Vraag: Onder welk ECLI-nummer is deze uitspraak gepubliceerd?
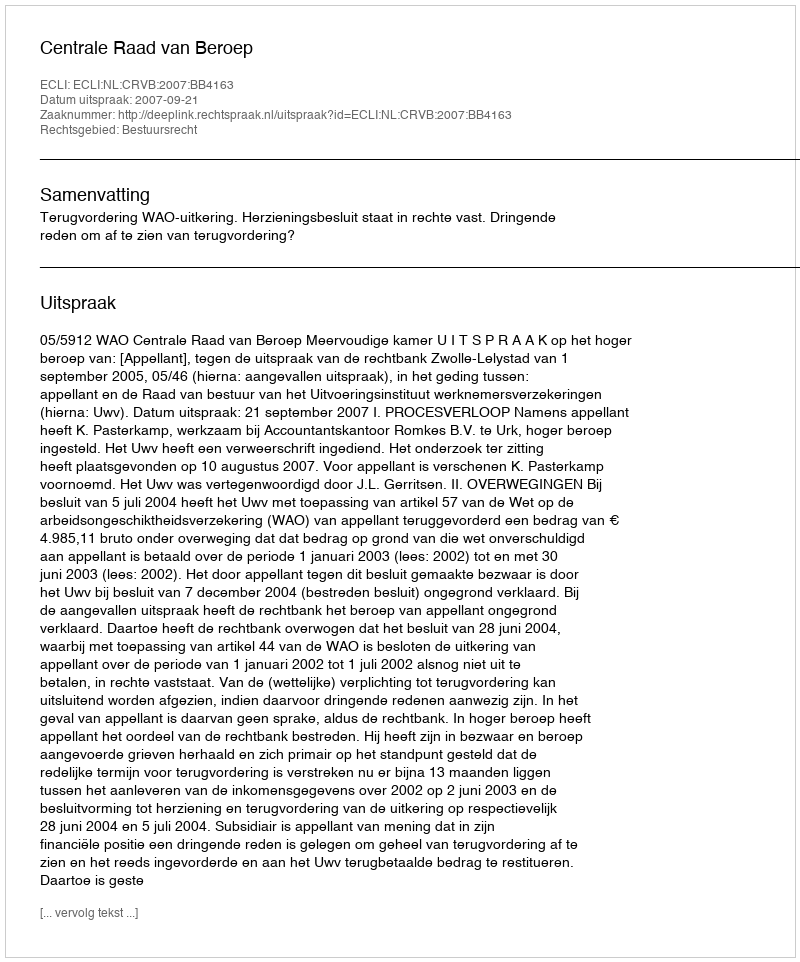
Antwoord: ECLI:NL:CRVB:2007:BB4163